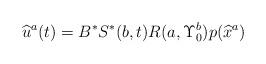
LaTeX: \begin{align*}\widehat{u}^a(t)=B^*S^*(b,t)R(a,\Upsilon_0^b)p(\widehat{x}^a)\end{align*}